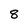
Character: 8